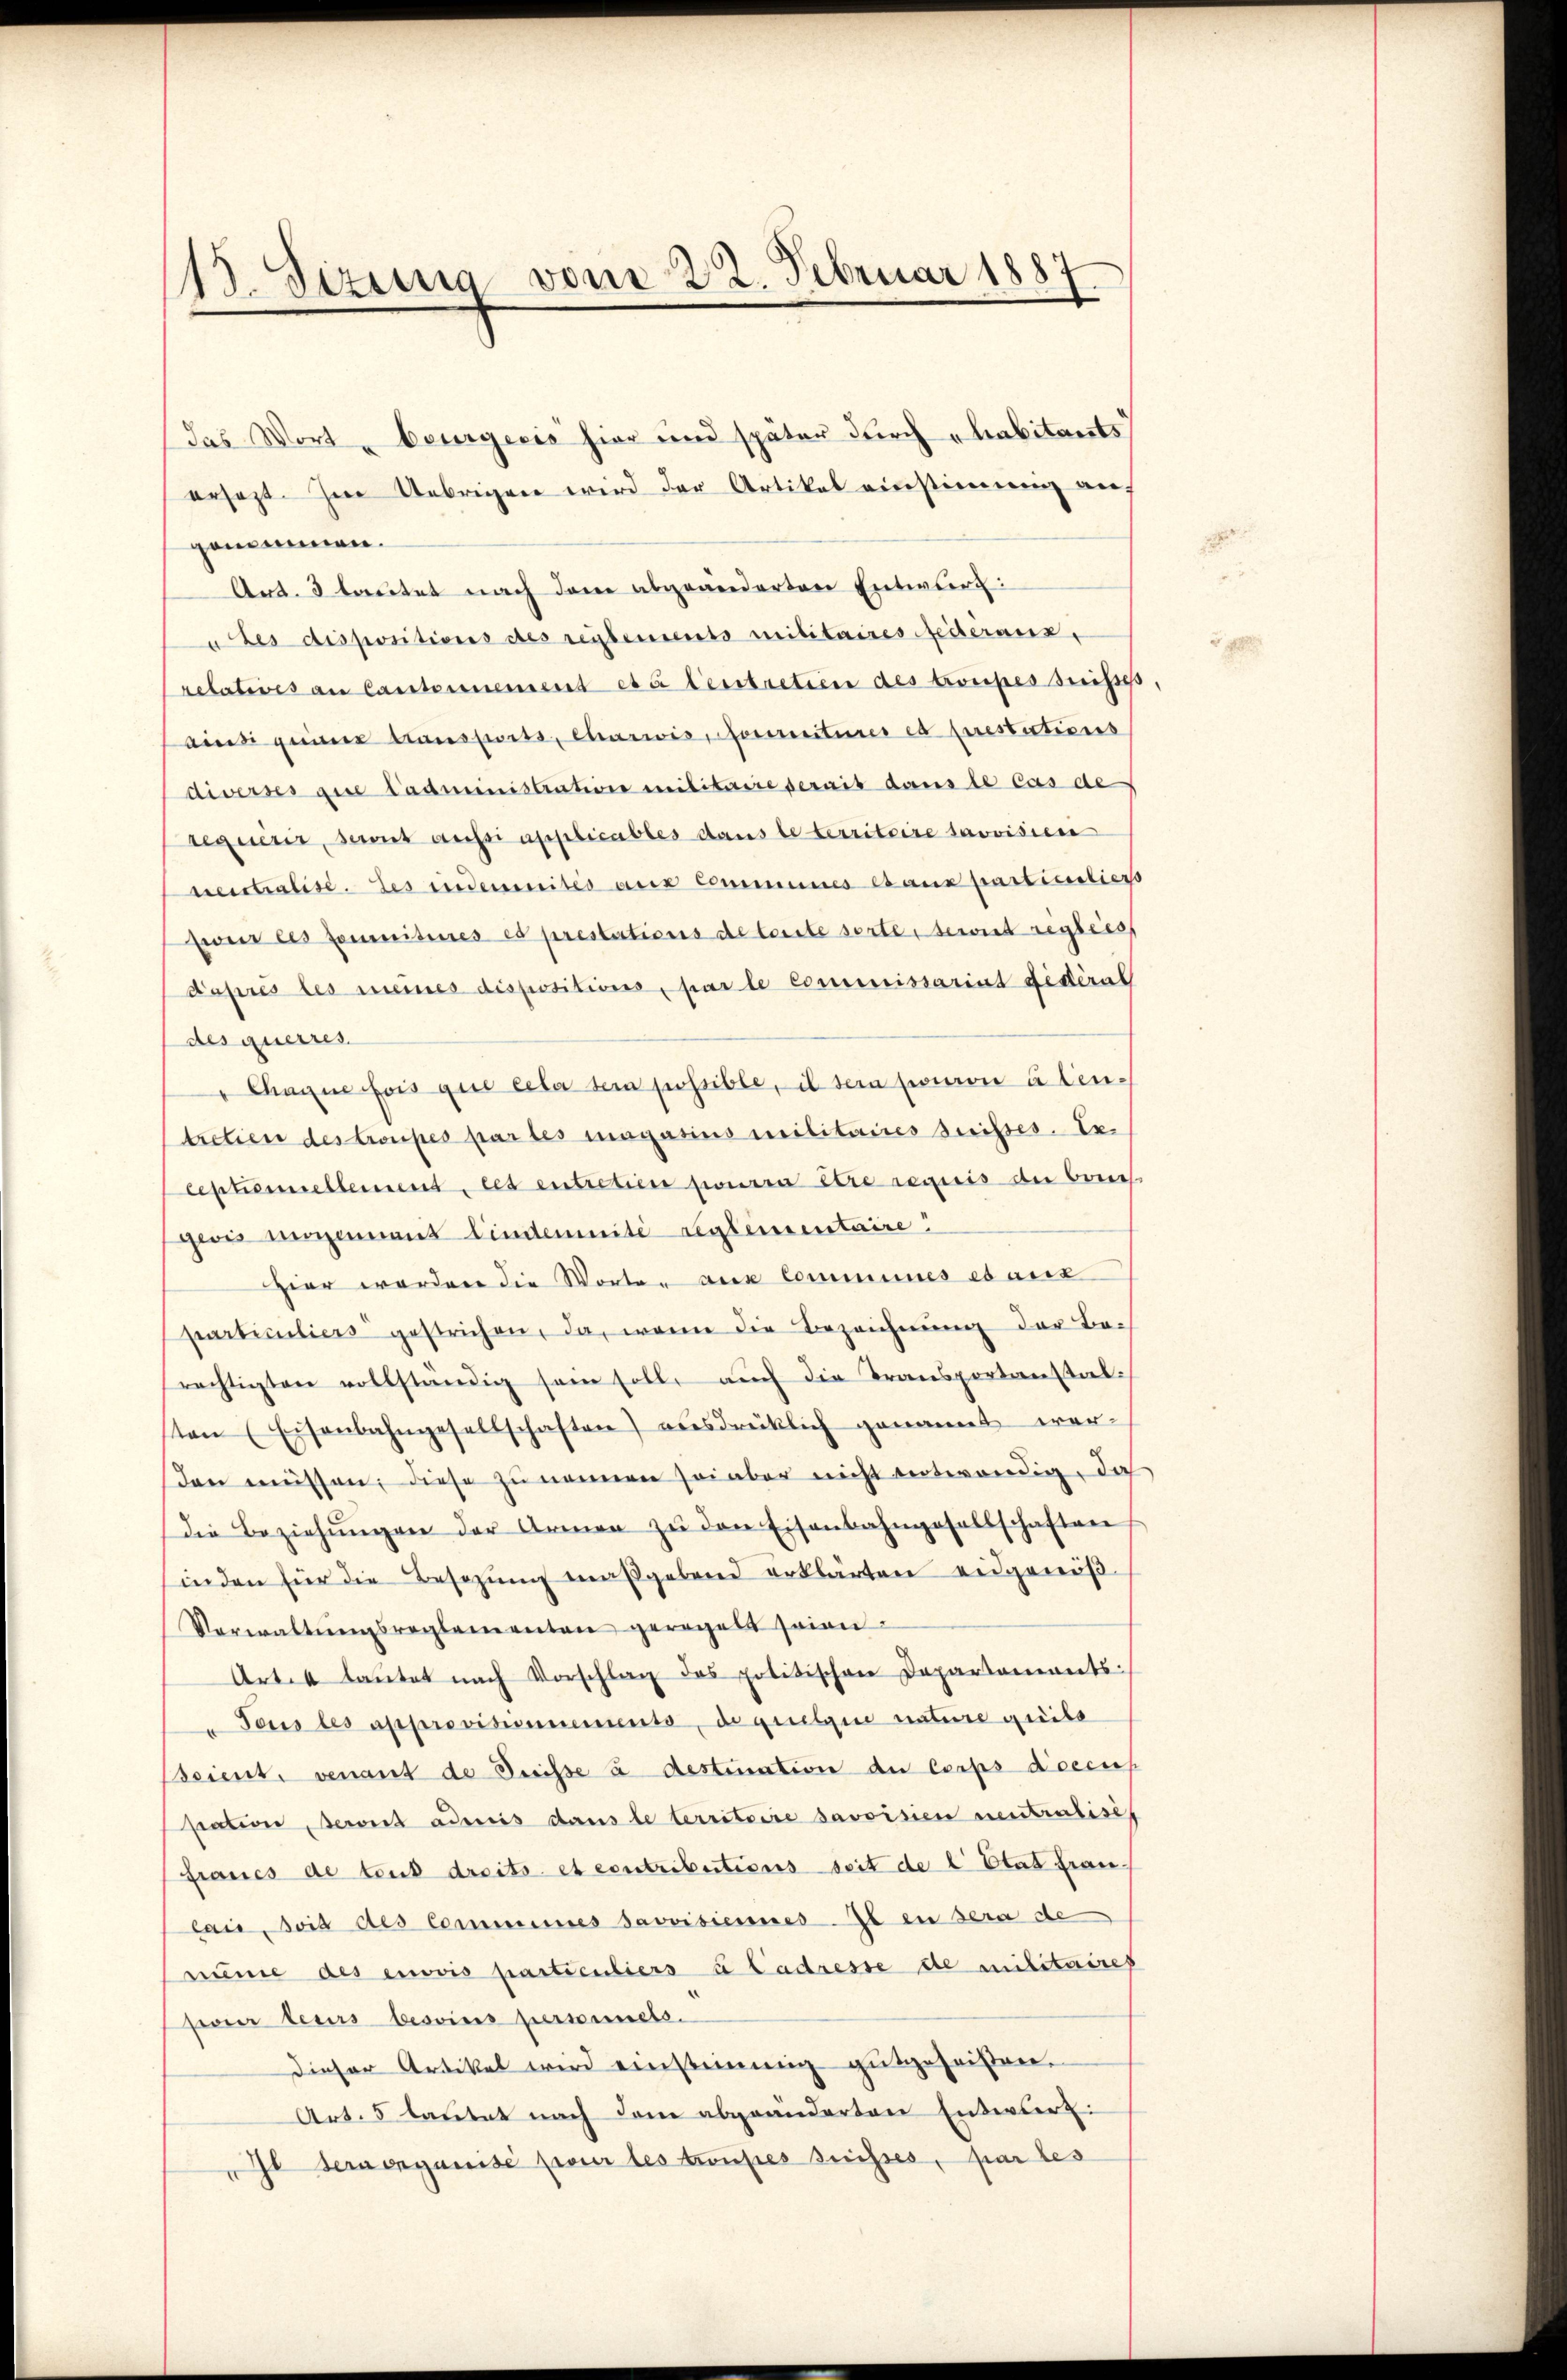
115. Sizung vom 22. Februar 188
.

das Wort beurgeris hier und später durch „habitants
ersetzt. Im Uebrigen wird der Artikal einstimmig auf
genommen.
Art. 3 lautet nach dem abgeänderten Entwurf:
" Les dispositions des reglements militaires feieranz,
relatives an Cantonnement etc Centretien des troupes suisser
ainsi gener transports, chariis, socciturer es prestations
diverses die tadministration militaire serait dans le cas de
requérir, serit aussi applicables dans le territoire trovisier
sreistralise. Les indemnités aux communes baux particuliert
Eweir les commisines es prestations de toute sorte, bewirt regliess
doprès les meines dispositions, par le commissariat didéral
des querres.
" Chaque fois que ceter sein possible, il sein pouron à ten-
tretien des troupes par les magasius militaires Geisses. Ex.
ceptionellement, cet entretien pourra être requis die breich
gewis moyennant Lindemnité reglementaire
Hier worden die Worten die Commines es aux
particuliers gestrichen, da, wenn die Bezeichnŭng der Be-
rechtigten vollständig sein solle aŭch die Transportanstal-
sten (Eisenbahngesellschaften) ausdrücklich genannt wer-
den müssen, diese zu nennen sei aber nicht notwendig, da
die Beziehŭngen der Armen zŭ den Eisenbahngesellschaften
inden für die Besizŭng maßgebend erklärten eidgenöß
Verwaltŭngsreglementen geregelt seien.
Art. 4 laŭtet nach Vorschlag des politischen Departaments-
"Tous les approvisionnements, de quelque nature greibe
Scient, venant de Dreisse u destination der Corps doccus
sation, Beront admis dans le territoire savoissen neutralisch
francs de teur dreits et contributions seit de l. Etat fran.
lais, soit des Commines Savoisiennes. Il en sera de
nume des envis particuliers à Cadresse de militaires
feier teurs besoins personnels.
dieser Artikel wird einstimmig gutgeheißen.
Art. 5 laŭtet nach dem abgeänderten Entwurt:
Il sera organisi pour les trousses suisses, par les